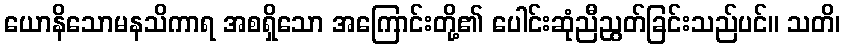
ယောနိသောမနသိကာရ အစရှိသော အကြောင်းတို့၏ ပေါင်းဆုံညီညွတ်ခြင်းသည်ပင်။ သတိ၊